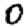
Digit: 0